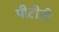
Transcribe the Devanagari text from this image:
पीटीटी